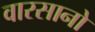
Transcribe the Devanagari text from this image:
वारसानो